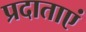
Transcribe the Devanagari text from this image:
प्रदाताएं